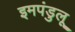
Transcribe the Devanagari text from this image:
इमपंडुलू